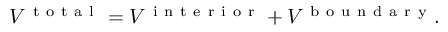
V ^ { \mathrm { ~ t ~ o ~ t ~ a ~ l ~ } } = V ^ { \mathrm { ~ i ~ n ~ t ~ e ~ r ~ i ~ o ~ r ~ } } + V ^ { \mathrm { ~ b ~ o ~ u ~ n ~ d ~ a ~ r ~ y ~ } } .